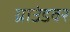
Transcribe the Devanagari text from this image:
ग्राउंडवर